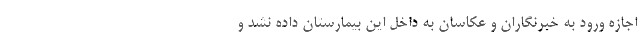
اجازه ورود به خبرنگاران و عکاسان به داخل این بیمارستان داده نشد و